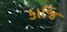
કાજિ